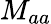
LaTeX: M_{aa}